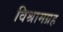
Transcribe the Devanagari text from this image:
विश्रामग्रह